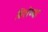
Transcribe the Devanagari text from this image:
विशेष्या